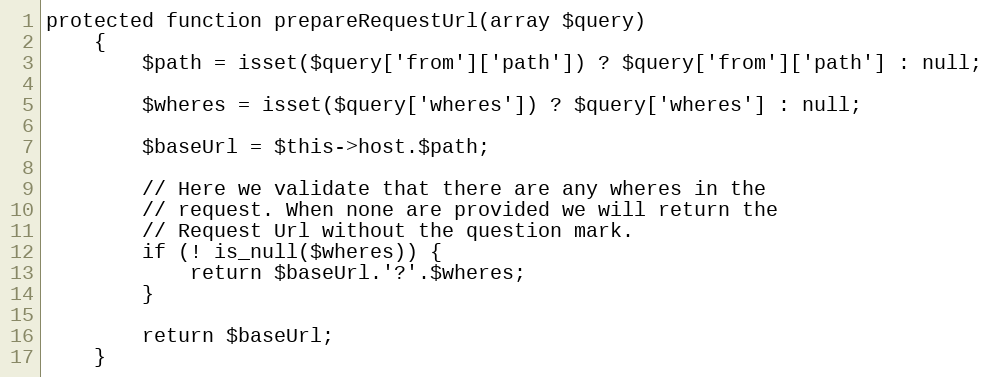
Language: PHP
protected function prepareRequestUrl(array $query)
    {
        $path = isset($query['from']['path']) ? $query['from']['path'] : null;

        $wheres = isset($query['wheres']) ? $query['wheres'] : null;

        $baseUrl = $this->host.$path;

        // Here we validate that there are any wheres in the
        // request. When none are provided we will return the
        // Request Url without the question mark.
        if (! is_null($wheres)) {
            return $baseUrl.'?'.$wheres;
        }

        return $baseUrl;
    }